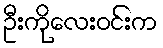
ဦးကိုလေးဝင်းက